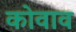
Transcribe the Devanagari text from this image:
कोवाव